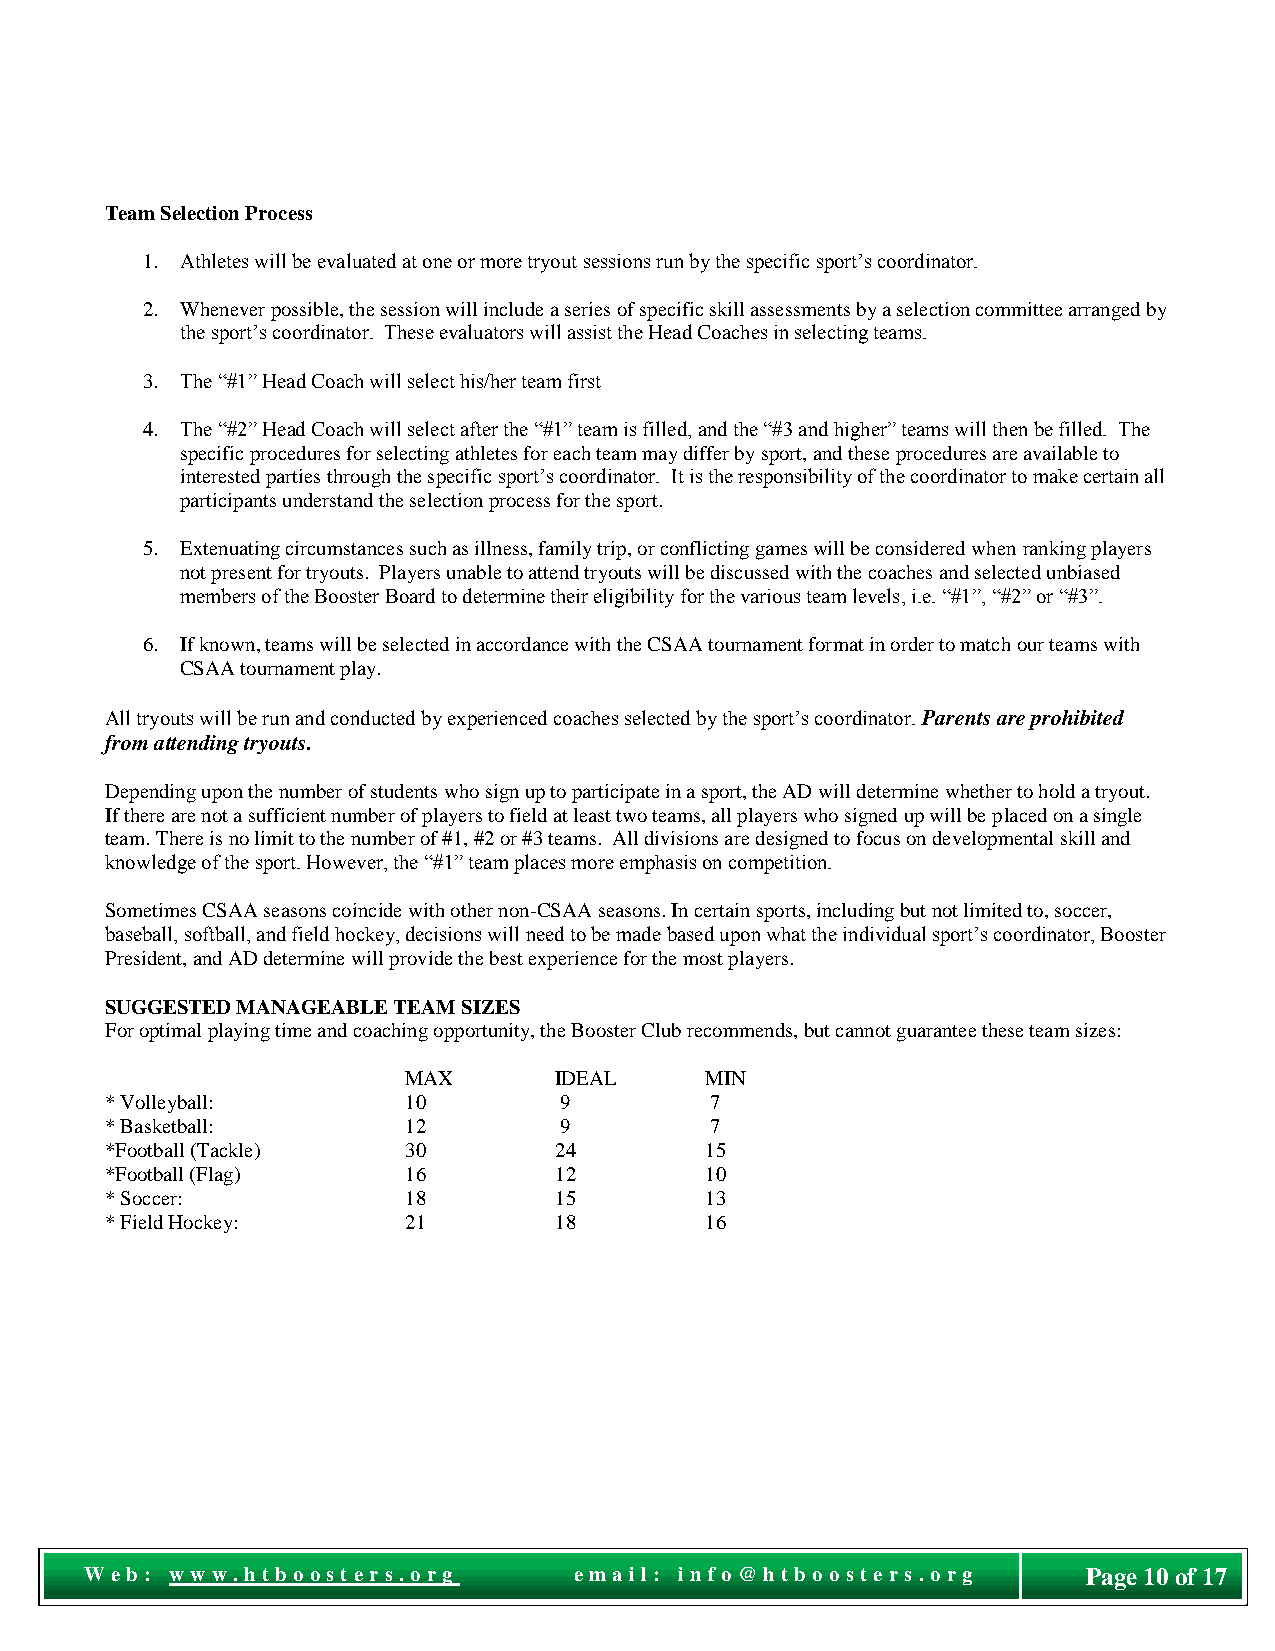
Team Selection Process
 1. Athletes will be evaluated at one or more tryout sessions run by the specific sport’s coordinator.
 2. Whenever possible, the session will include a series of specific skill assessments by a selection committee arranged by
 the sport’s coordinator. These evaluators will assist the Head Coaches in selecting teams.
 3. The “#1” Head Coach will select his/her team first
 4. The “#2” Head Coach will select after the “#1” team is filled, and the “#3 and higher” teams will then be filled. The
 specific procedures for selecting athletes for each team may differ by sport, and these procedures are available to
 interested parties through the specific sport’s coordinator. It is the responsibility of the coordinator to make certain all
 participants understand the selection process for the sport.
 5. Extenuating circumstances such as illness, family trip, or conflicting games will be considered when ranking players
 not present for tryouts. Players unable to attend tryouts will be discussed with the coaches and selected unbiased
 members of the Booster Board to determine their eligibility for the various team levels, i.e. “#1”, “#2” or “#3”.
 6. If known, teams will be selected in accordance with the CSAA tournament format in order to match our teams with
 CSAA tournament play.
 All tryouts will be run and conducted by experienced coaches selected by the sport’s coordinator. Parents are prohibited
 from attending tryouts.
 Depending upon the number of students who sign up to participate in a sport, the AD will determine whether to hold a tryout.
 If there are not a sufficient number of players to field at least two teams, all players who signed up will be placed on a single
 team. There is no limit to the number of #1, #2 or #3 teams. All divisions are designed to focus on developmental skill and
 knowledge of the sport. However, the “#1” team places more emphasis on competition.
 Sometimes CSAA seasons coincide with other non-CSAA seasons. In certain sports, including but not limited to, soccer,
 baseball, softball, and field hockey, decisions will need to be made based upon what the individual sport’s coordinator, Booster
 President, and AD determine will provide the best experience for the most players.
 SUGGESTED MANAGEABLE TEAM SIZES
 For optimal playing time and coaching opportunity, the Booster Club recommends, but cannot guarantee these team sizes:
 MAX       IDEAL     MIN
 * Volleyball:       10        9         7
 * Basketball:       12        9         7
 *Football (Tackle)  30        24        15
 *Football (Flag)    16        12        10
 * Soccer:           18        15        13
 * Field Hockey:     21        18        16
 Pag
 We b : w ww . ht boost e r s. o r g e ma il: i nf o @ht bo o st e r s. o r g Page 10 of 17